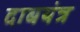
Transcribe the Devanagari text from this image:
दाबयंत्र